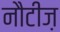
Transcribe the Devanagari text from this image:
नौटीज़